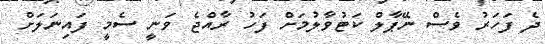
ދެ ފަހަރު ވެސް ނޭޕާލް ކަޓުވާލުމަށް ފަހު ރާއްޖެ ވަނީ ސެމީ ފައިނަލަށް